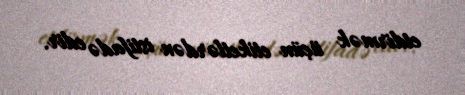
etdirmək üçün etiketlərdən istifadə edir.